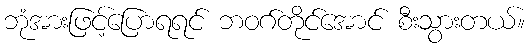
ဘုံအားဖြင့်ပြောရရင် ဘဝဂ်တိုင်အောင် စီးသွားတယ်။